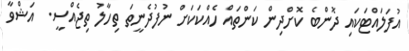
އުފަލައްޓަކައި ދޮންބެ ކޮށްދިން ކަންތައް ހެއްކަކަށް ނުފުދެނީތަ ތިހާލު ތިޖެއްސީ.  އަޝްވާ